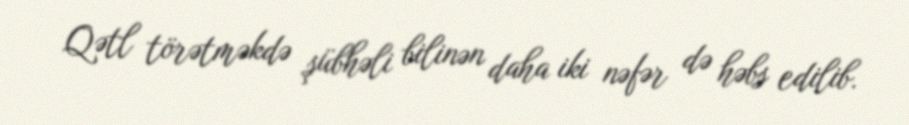
Qətl törətməkdə şübhəli bilinən daha iki nəfər də həbs edilib.